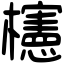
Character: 櫶